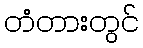
တံတားတွင်